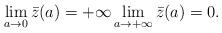
LaTeX: \begin{align*}\lim_{a\to 0}\bar z(a)=+\infty\lim_{a\to +\infty}\bar z(a)=0.\end{align*}